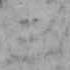
三